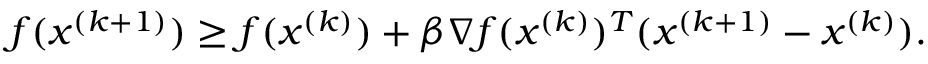
f ( x ^ { ( k + 1 ) } ) \geq f ( x ^ { ( k ) } ) + \beta \nabla f ( x ^ { ( k ) } ) ^ { T } ( x ^ { ( k + 1 ) } - x ^ { ( k ) } ) .